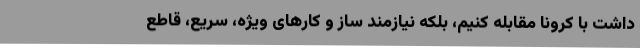
داشت با کرونا مقابله کنیم، بلکه نیازمند ساز و کارهای ویژه، سریع، قاطع